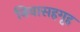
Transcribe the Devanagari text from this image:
निवासहगृह